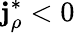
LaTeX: \mathbf{j}_{\rho}^{\ast}<0